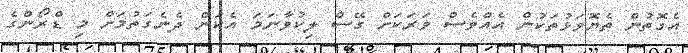
އެގޮތުން ތެޔޮވަޅުތަކުން އެއްވެސް ވަރަކަށް ގޭސް ލިކުވާނަމަ އެކަން ދެނެގަތުމަށް މި ޑްރޯންގެ